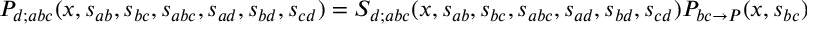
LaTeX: P _ { d ; a b c } ( x , s _ { a b } , s _ { b c } , s _ { a b c } , s _ { a d } , s _ { b d } , s _ { c d } ) = S _ { d ; a b c } ( x , s _ { a b } , s _ { b c } , s _ { a b c } , s _ { a d } , s _ { b d } , s _ { c d } ) P _ { b c \rightarrow P } ( x , s _ { b c } ) ,